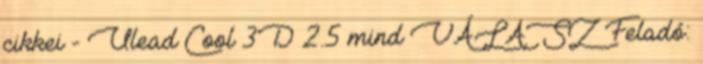
cikkei - Ulead Cool 3D 2.5 mind VÁLASZ Feladó: